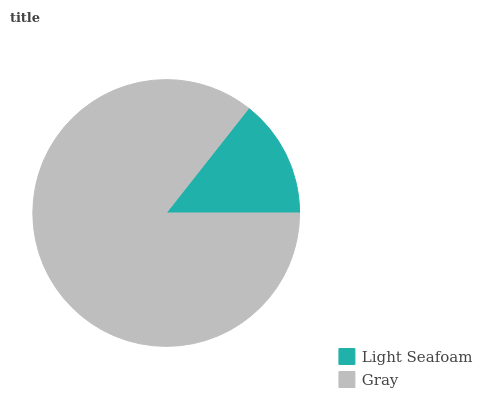
| Light Seafoam | Gray |
 | --- | --- |
 | 14.4% | 85.6% |